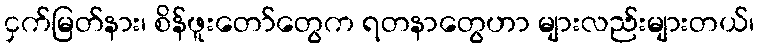
ငှက်မြတ်နား၊ စိန်ဖူးတော်တွေက ရတနာတွေဟာ များလည်းများတယ်၊